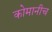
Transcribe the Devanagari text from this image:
कोमानीच